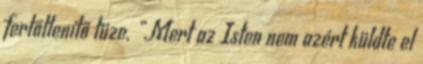
fertőtlenítő tüze. „Mert az Isten nem azért küldte el